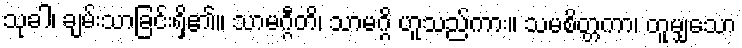
သုခါ၊ ချမ်းသာခြင်းရှိ၏။ သာမဂ္ဂီတိ၊ သာမဂ္ဂိ ဟူသည်ကား။ သမစိတ္တကာ၊ တူမျှသော